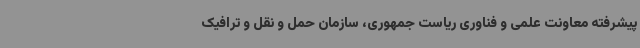
پیشرفته معاونت علمی و فناوری ریاست جمهوری، سازمان حمل و نقل و ترافیک